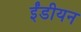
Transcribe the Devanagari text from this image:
ईंडीयन